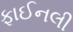
ફાઈનલી